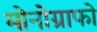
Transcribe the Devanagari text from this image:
मोनोग्राफो